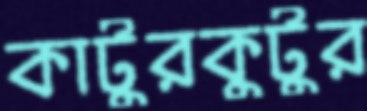
কাটুরকুটুর